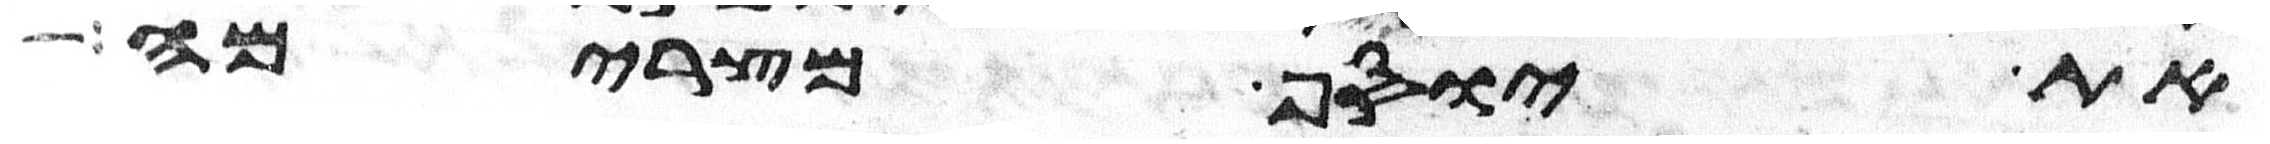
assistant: את יוסף מצרימה